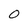
Character: 0